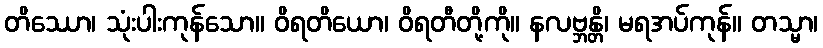
တိဿော၊ သုံးပါးကုန်သော။ ဝိရတိယော၊ ဝိရတီတို့ကို။ နလဗ္ဘန္တိ၊ မရအပ်ကုန်။ တသ္မာ၊